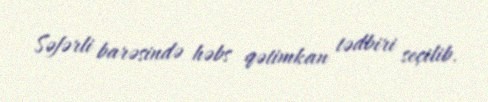
Səfərli barəsində həbs qətimkan tədbiri seçilib.